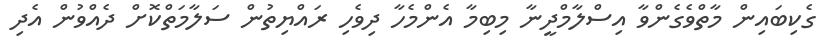
ގެކިބައިން މާތްވެގެންވާ އިސްލާމްދީނާ މިބިމާ އެންމެހާ ދިވެހި ރައްޔިތުން ސަލާމަތްކޮށް ދެއްވުން އެދި